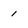
Character: 1